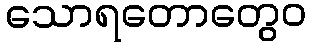
သောရတောတွေဝ